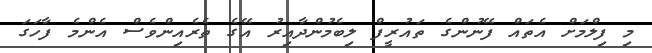
މި ފިލްމަށް އެތައް ފޭނުންގެ ތައުރީފް ލިބެމުންދާއިރު އޭގެ ތެރެއިންވެސް އެންމެ ފާހަގަ